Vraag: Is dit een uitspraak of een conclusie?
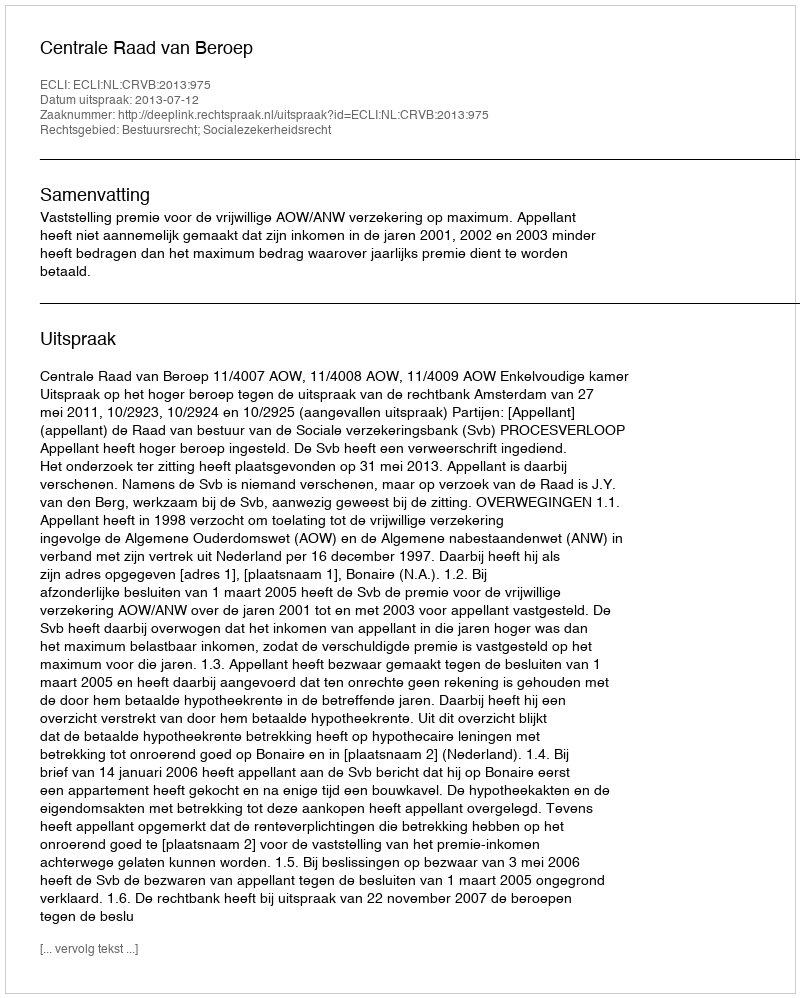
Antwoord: Uitspraak